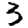
Digit: 3